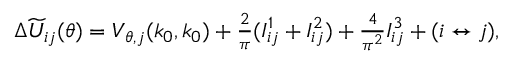
\begin{array} { r } { \Delta \widetilde U _ { i j } ( \boldsymbol { \theta } ) = V _ { \boldsymbol { \theta } , j } ( k _ { 0 } , k _ { 0 } ) + \frac { 2 } { \pi } ( I _ { i j } ^ { 1 } + I _ { i j } ^ { 2 } ) + \frac { 4 } { \pi ^ { 2 } } I _ { i j } ^ { 3 } + ( i \leftrightarrow j ) , } \end{array}